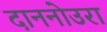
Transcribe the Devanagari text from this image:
दाननोउरा